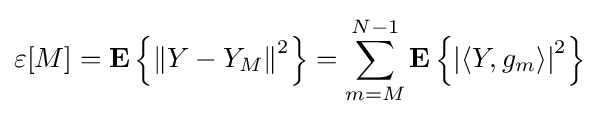
\varepsilon [M]=\mathbf {E} \left\{\left\|Y-Y_{M}\right\|^{2}\right\}=\sum _{m=M}^{N-1}\mathbf {E} \left\{\left|\left\langle Y,g_{m}\right\rangle \right|^{2}\right\}